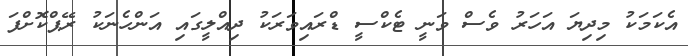
އެކަމަކު މިދިޔަ އަހަރު ވެސް ވަނީ ޓެކްސީ ޑްރައިވަރަކު ދިއްލީގައި އަންހެނަކު ރޭޕްކޮށްފަ